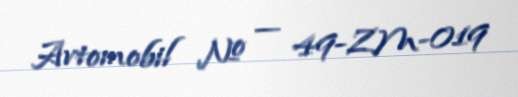
Avtomobil № — 49-ZM-019